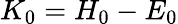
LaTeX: K_{0}=H_{0}-E_{0}